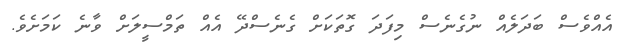
އެއްވެސް ބަދަލެއް ނުގެނެސް މިފަދަ ގޮތަކަށް ގެނެސްދޭ އެއް ތަމްސީލަށް ވާނެ ކަމަށެވެ.